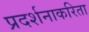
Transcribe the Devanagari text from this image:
प्रदर्शनाकरिता